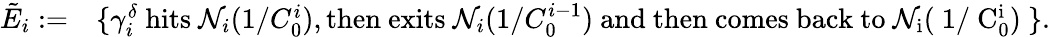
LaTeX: \begin{array}{rl}{\tilde{E}_{i}:=}&{\{ \gamma_{i}^{\delta}\mathrm{~hits~}\mathcal{N}_{i}(1/C_{0}^{i}),\mathrm{then~exits~}\mathcal{N}_{i}(1/C_{0}^{i-1})\mathrm{~and~then~comes~back~to~\mathcal{N}_i(~1/~C_0^i)~}\} .}\end{array}